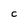
Character: C